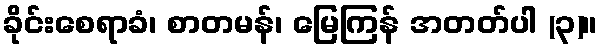
ခိုင်းစေရာခံ၊ စာတမန်၊ မြေကြန် အတတ်ပါ (၃)။